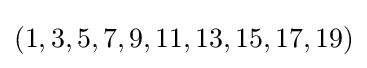
(1,3,5,7,9,11,13,15,17,19)